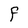
Character: F